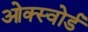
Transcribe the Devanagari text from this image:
ओक्स्वोर्ड